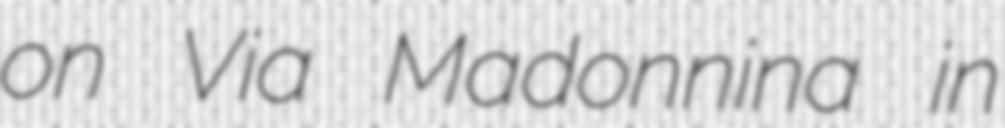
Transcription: on Via Madonnina in